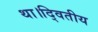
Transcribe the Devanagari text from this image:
था।द्वितीय